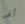
ألهى